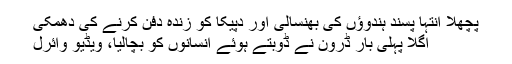
پچھلا انتہا پسند ہندوؤں کی بھنسالی اور دپیکا کو زندہ دفن کرنے کی دھمکی
اگلا پہلی بار ڈرون نے ڈوبتے ہوئے انسانوں کو بچالیا، ویڈیو وائرل